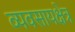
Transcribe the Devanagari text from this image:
व्यवसायक्षेत्र